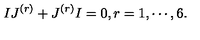
I J ^ { ( r ) } + J ^ { ( r ) } I = 0 , r = 1 , \cdots , 6 .